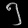
Digit: ၅